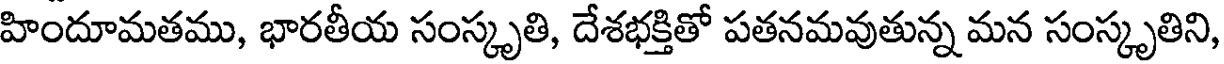
హిందూమతము, భారతీయ సంస్కృతి, దేశభక్తితో పతనమవుతున్న మన సంస్కృతిని,